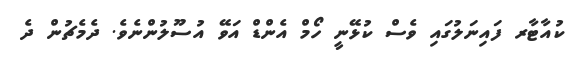
ކުއާޓާރ ފައިނަލުގައި ވެސް ކުޅޭނީ ހޯމް އެންޑް އަވޭ އުސޫލުންނެވެ. ދެމެޗުން ދެ